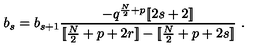
b _ { s } = b _ { s + 1 } { \frac { - q ^ { { \frac { N } { 2 } } + p } [ \! [ 2 s + 2 ] \! ] } { [ \! [ { \frac { N } { 2 } } + p + 2 r ] \! ] - [ \! [ { \frac { N } { 2 } } + p + 2 s ] \! ] } } \ .